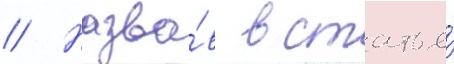
// Назва́в в статье́